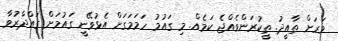
ވަރަށް ތާއީދު. ތީކުރަންވެއްޖެ ކަމެއް. މި ގައުމު ހަމަމަގަށް އެޅުވޭނީ ގައުމަށް ގައްދާރުވާ